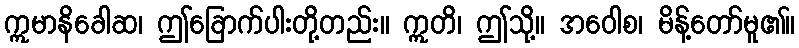
ဣမာနိခေါဆ၊ ဤခြောက်ပါးတို့တည်း။ ဣတိ၊ ဤသို့။ အဝေါစ၊ မိန့်တော်မူ၏။